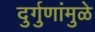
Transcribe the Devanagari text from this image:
दुर्गुणांमुळे